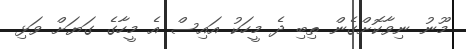
މޫނު ނިވާކޮށްގެން ތިބި ދެ މީހަކު އައިސް އެ މީހާގެ ގަޔަށް ވަޅި